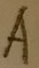
Text: A